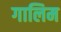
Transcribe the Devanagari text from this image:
गालिम